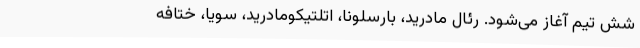
شش تیم آغاز می‌شود. رئال مادرید، بارسلونا، اتلتیکومادرید، سویا، ختافه